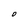
Character: 0